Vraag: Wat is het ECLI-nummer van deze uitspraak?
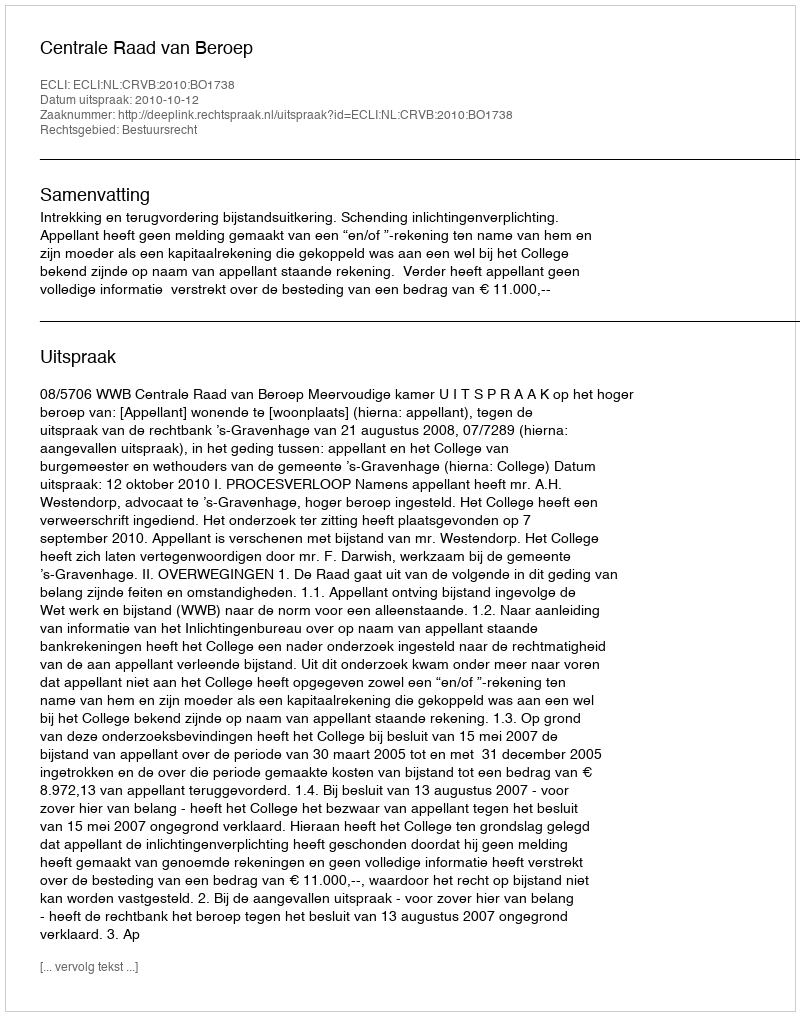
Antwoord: ECLI:NL:CRVB:2010:BO1738